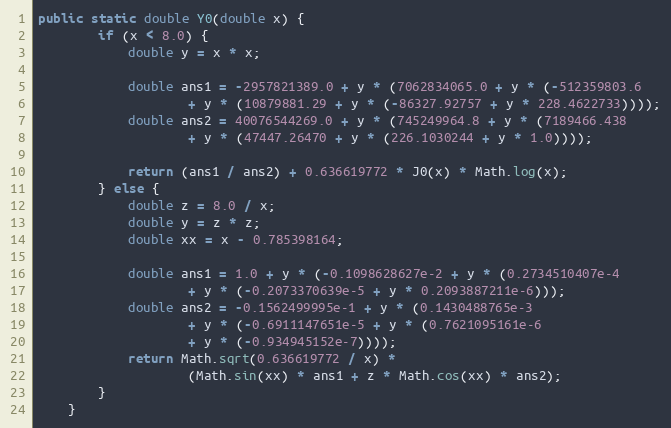
Language: Java
public static double Y0(double x) {
        if (x < 8.0) {
            double y = x * x;

            double ans1 = -2957821389.0 + y * (7062834065.0 + y * (-512359803.6
                    + y * (10879881.29 + y * (-86327.92757 + y * 228.4622733))));
            double ans2 = 40076544269.0 + y * (745249964.8 + y * (7189466.438
                    + y * (47447.26470 + y * (226.1030244 + y * 1.0))));

            return (ans1 / ans2) + 0.636619772 * J0(x) * Math.log(x);
        } else {
            double z = 8.0 / x;
            double y = z * z;
            double xx = x - 0.785398164;

            double ans1 = 1.0 + y * (-0.1098628627e-2 + y * (0.2734510407e-4
                    + y * (-0.2073370639e-5 + y * 0.2093887211e-6)));
            double ans2 = -0.1562499995e-1 + y * (0.1430488765e-3
                    + y * (-0.6911147651e-5 + y * (0.7621095161e-6
                    + y * (-0.934945152e-7))));
            return Math.sqrt(0.636619772 / x) *
                    (Math.sin(xx) * ans1 + z * Math.cos(xx) * ans2);
        }
    }